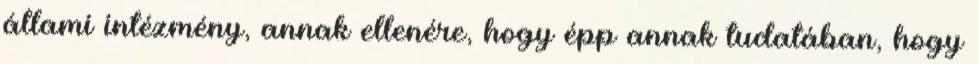
állami intézmény, annak ellenére, hogy épp annak tudatában, hogy